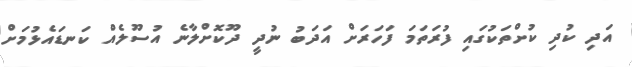
އަދި ކުދި ކުށްތަކުގައި ފުރަތަމަ ފަހަރަށް އަދަބު ނުދީ ދޫކޮށްލާނެ އުސޫލެއް ކަނޑައެޅުމަށް